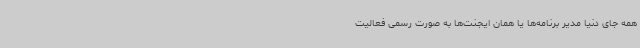
همه جای دنیا مدیر برنامه‌ها یا همان ایجنت‌ها به صورت رسمی فعالیت